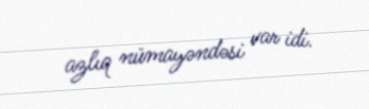
azlıq nümayəndəsi var idi.